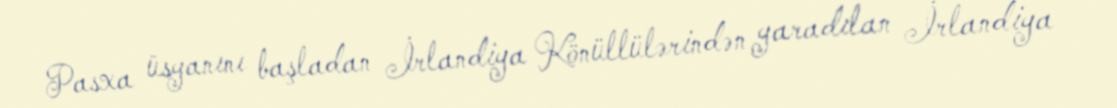
Pasxa üsyanını başladan İrlandiya Könüllülərindən yaradılan İrlandiya